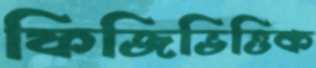
ফিজিভিত্তিক